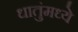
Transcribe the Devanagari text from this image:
धातुंमध्ये